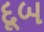
દૂબ